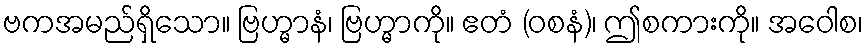
ဗကအမည်ရှိသော။ ဗြဟ္မာနံ၊ ဗြဟ္မာကို။ ဧတံ (ဝစနံ)၊ ဤစကားကို။ အဝေါစ၊